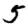
Digit: 5